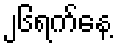
၂၆ရက်နေ့